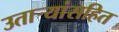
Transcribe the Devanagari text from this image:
उतार्‍यांसहित